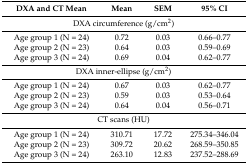
<table><thead><tr><td><b>DXA and CT Mean</b></td><td><b>Mean</b></td><td><b>SEM</b></td><td><b>95% CI</b></td></tr></thead><tbody><tr><td colspan="4">DXA circumference (g/cm<sup>2</sup>)</td></tr><tr><td>Age group 1 (N = 24)</td><td>0.72</td><td>0.03</td><td>0.66–0.77</td></tr><tr><td>Age group 2 (N = 23)</td><td>0.64</td><td>0.03</td><td>0.59–0.69</td></tr><tr><td>Age group 3 (N = 24)</td><td>0.69</td><td>0.04</td><td>0.62–0.77</td></tr><tr><td colspan="4">DXA inner-ellipse (g/cm<sup>2</sup>)</td></tr><tr><td>Age group 1 (N = 24)</td><td>0.67</td><td>0.03</td><td>0.62–0.77</td></tr><tr><td>Age group 2 (N = 23)</td><td>0.59</td><td>0.03</td><td>0.53–0.64</td></tr><tr><td>Age group 3 (N = 24)</td><td>0.64</td><td>0.04</td><td>0.56–0.71</td></tr><tr><td colspan="4">CT scans (HU)</td></tr><tr><td>Age group 1 (N = 24)</td><td>310.71</td><td>17.72</td><td>275.34–346.04</td></tr><tr><td>Age group 2 (N = 23)</td><td>309.72</td><td>20.62</td><td>268.59–350.85</td></tr><tr><td>Age group 3 (N = 24)</td><td>263.10</td><td>12.83</td><td>237.52–288.69</td></tr></tbody></table>